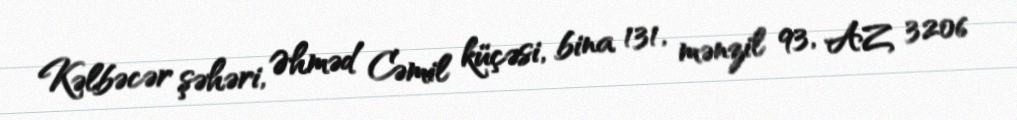
Kəlbəcər şəhəri, Əhməd Cəmil küçəsi, bina 131, mənzil 93, AZ 3206